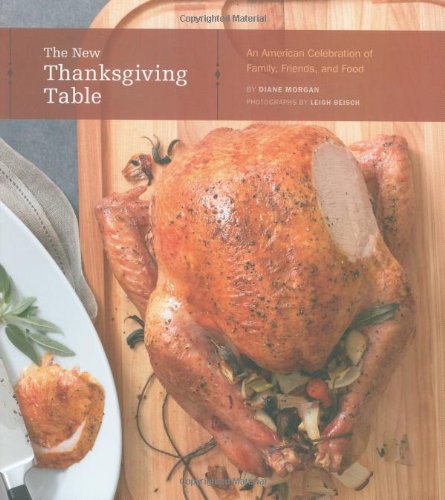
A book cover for The New Thanksgiving Table: An American Celebration of Family, Friends, and Food; Diane Morgan; Cookbooks, Food & Wine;